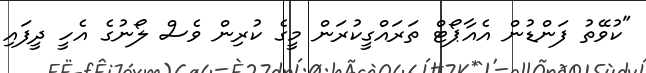
"ކުވޭތު ފަންޑުން އެއާޕޯޓް ތަރައްގީކުރަން މީގެ ކުރިން ވެސް ލޯނުގެ އެހީ ދީފައި